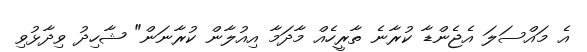
އެ މައްސަލަ އެޖެންޑާ ކުރާނެ ތާރީހެއް މާދަމާ އިއުލާން ކުރާނަން" ޝާހިދު ވިދާޅުވި